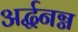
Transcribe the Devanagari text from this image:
अर्द्धनग्न